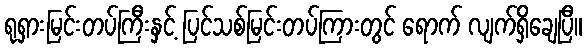
ရုရှားမြင်းတပ်ကြီးနှင့် ပြင်သစ်မြင်းတပ်ကြားတွင် ရောက် လျက်ရှိချေပြီ။